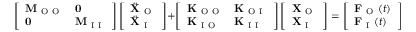
\left[ \begin{array} { l l } { \mathbf { M } _ { \mathrm { ~ O ~ O ~ } } } & { \mathbf { 0 } } \\ { \mathbf { 0 } } & { \mathbf { M } _ { \mathrm { ~ I ~ I ~ } } } \end{array} \right] \left[ \begin{array} { l } { \ddot { \mathbf { X } } _ { \mathrm { ~ O ~ } } } \\ { \ddot { \mathbf { X } } _ { \mathrm { ~ I ~ } } } \end{array} \right] + \left[ \begin{array} { l l } { \mathbf { K } _ { \mathrm { ~ O ~ O ~ } } } & { \mathbf { K } _ { \mathrm { ~ O ~ I ~ } } } \\ { \mathbf { K } _ { \mathrm { ~ I ~ O ~ } } } & { \mathbf { K } _ { \mathrm { ~ I ~ I ~ } } } \end{array} \right] \left[ \begin{array} { l } { \mathbf { X } _ { \mathrm { ~ O ~ } } } \\ { \mathbf { X } _ { \mathrm { ~ I ~ } } } \end{array} \right] = \left[ \begin{array} { l } { \mathbf { F } _ { \mathrm { ~ O ~ } } ( t ) } \\ { \mathbf { F } _ { \mathrm { ~ I ~ } } ( t ) } \end{array} \right] \, .